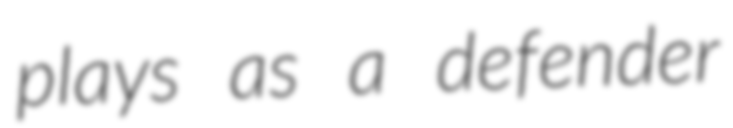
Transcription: plays as a defender